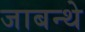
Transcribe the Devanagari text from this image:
जाबन्थे